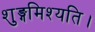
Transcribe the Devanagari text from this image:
शुङ्गमिश्यति।